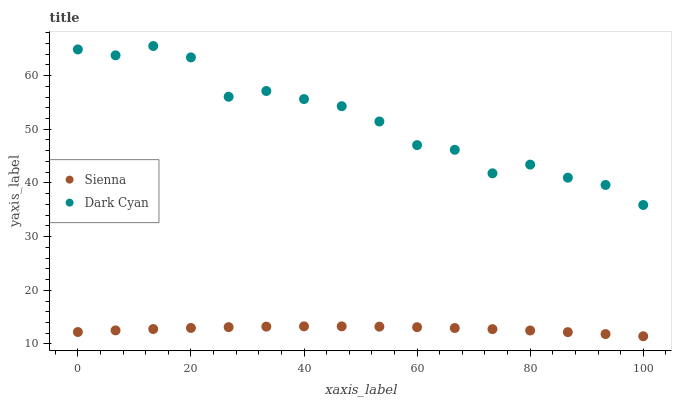
| xaxis_label | Sienna | Dark Cyan |
 | --- | --- | --- |
 | 0 | 12.2 | 64.9 |
 | 6.67 | 12.5 | 63.8 |
 | 13.3 | 12.8 | 65.5 |
 | 20 | 13 | 63.4 |
 | 26.7 | 13.1 | 56 |
 | 33.3 | 13.2 | 57.1 |
 | 40 | 13.3 | 55.6 |
 | 46.7 | 13.3 | 54.3 |
 | 53.3 | 13.2 | 51.4 |
 | 60 | 13.1 | 47 |
 | 66.7 | 13 | 46.2 |
 | 73.3 | 12.8 | 41.8 |
 | 80 | 12.5 | 43.4 |
 | 86.7 | 12.2 | 41 |
 | 93.3 | 11.8 | 39.6 |
 | 100 | 11.4 | 35.9 |